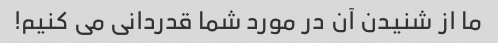
ما از شنیدن آن در مورد شما قدردانی می کنیم!